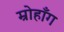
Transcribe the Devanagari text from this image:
म्रोहाँग